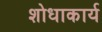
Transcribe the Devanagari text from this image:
शोधाकार्य